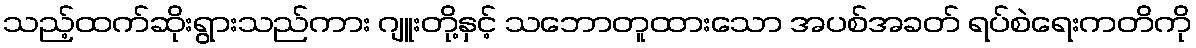
သည့်ထက်ဆိုးရွားသည်ကား ဂျူးတို့နှင့် သဘောတူထားသော အပစ်အခတ် ရပ်စဲရေးကတိကို